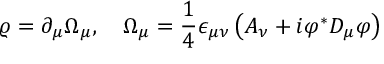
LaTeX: \varrho = \partial _ { \mu } \Omega _ { \mu } , \quad \Omega _ { \mu } = \frac 1 4 \epsilon _ { \mu \nu } \left( A _ { \nu } + i \varphi ^ { * } D _ { \mu } \varphi \right)